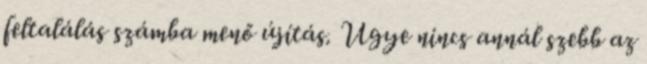
feltalálás számba menő újítás. Ugye nincs annál szebb az